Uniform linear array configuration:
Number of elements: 16
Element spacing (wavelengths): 0.25
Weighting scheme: blackman
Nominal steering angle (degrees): -45
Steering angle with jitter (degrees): -46.462
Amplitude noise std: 0.05
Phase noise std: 0.05

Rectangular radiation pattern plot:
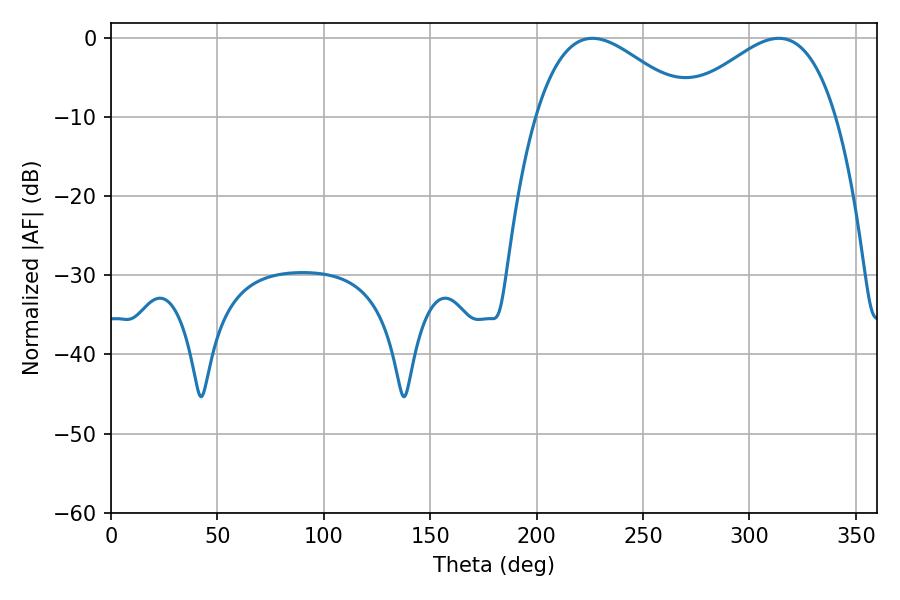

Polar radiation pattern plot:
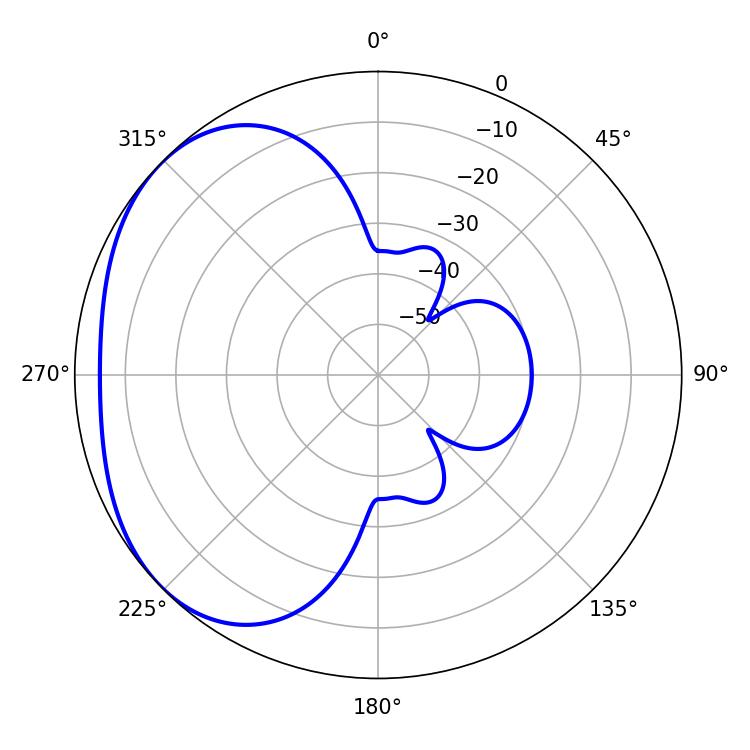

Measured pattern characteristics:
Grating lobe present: FALSE
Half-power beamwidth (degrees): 39.78
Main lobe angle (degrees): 226.26